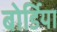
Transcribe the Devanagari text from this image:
बोर्डिया